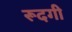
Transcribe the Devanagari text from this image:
रूदगी